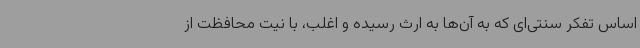
اساس تفکر سنتی‌ای که به آن‌ها به ارث رسیده و اغلب، با نیت محافظت از